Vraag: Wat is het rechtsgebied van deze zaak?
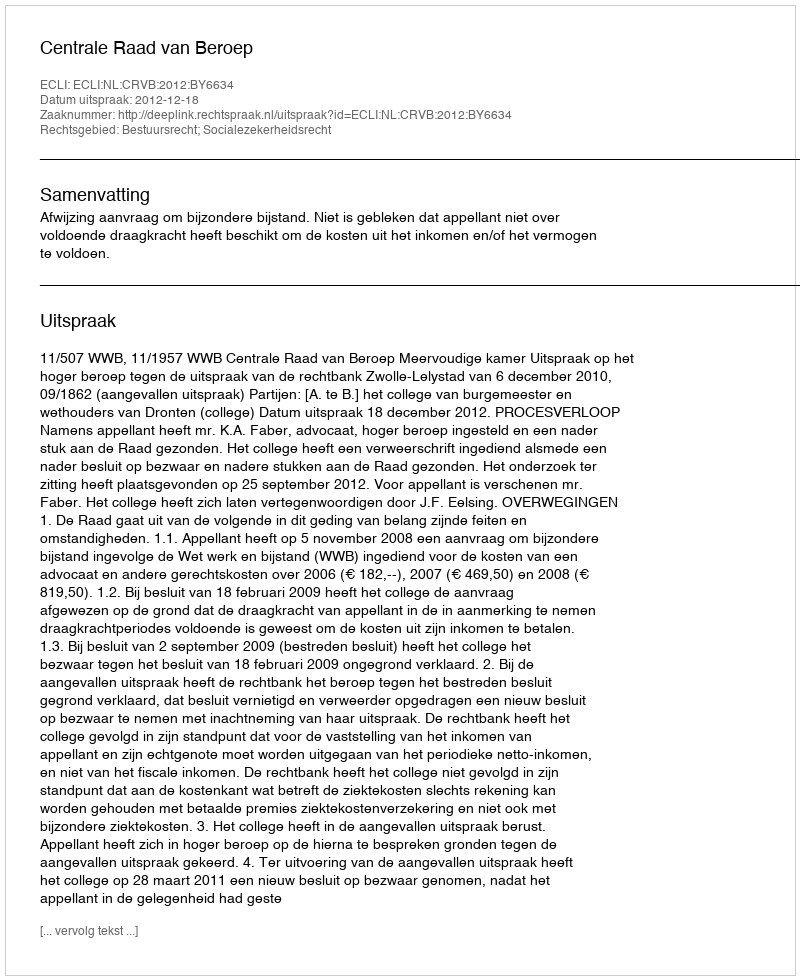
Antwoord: Bestuursrecht; Socialezekerheidsrecht